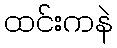
ထင်းကနဲ